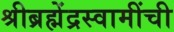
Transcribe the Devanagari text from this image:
श्रीब्रह्मेंद्रस्वामींची